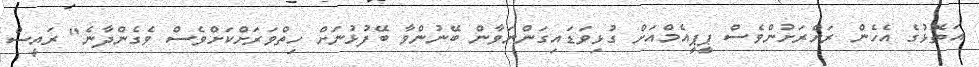
އަތޮޅުގެ އެހެން ރަށްރަށުންވެސް ޕީޕީއެމްއަށް ގުޅިވަޑައިގަންނަވާން ބޭނުންވާ ބޭފުޅުނަށް ހިތްވަރަށްކަށްވެސް ވެގެންދާނެ" ރައީސް